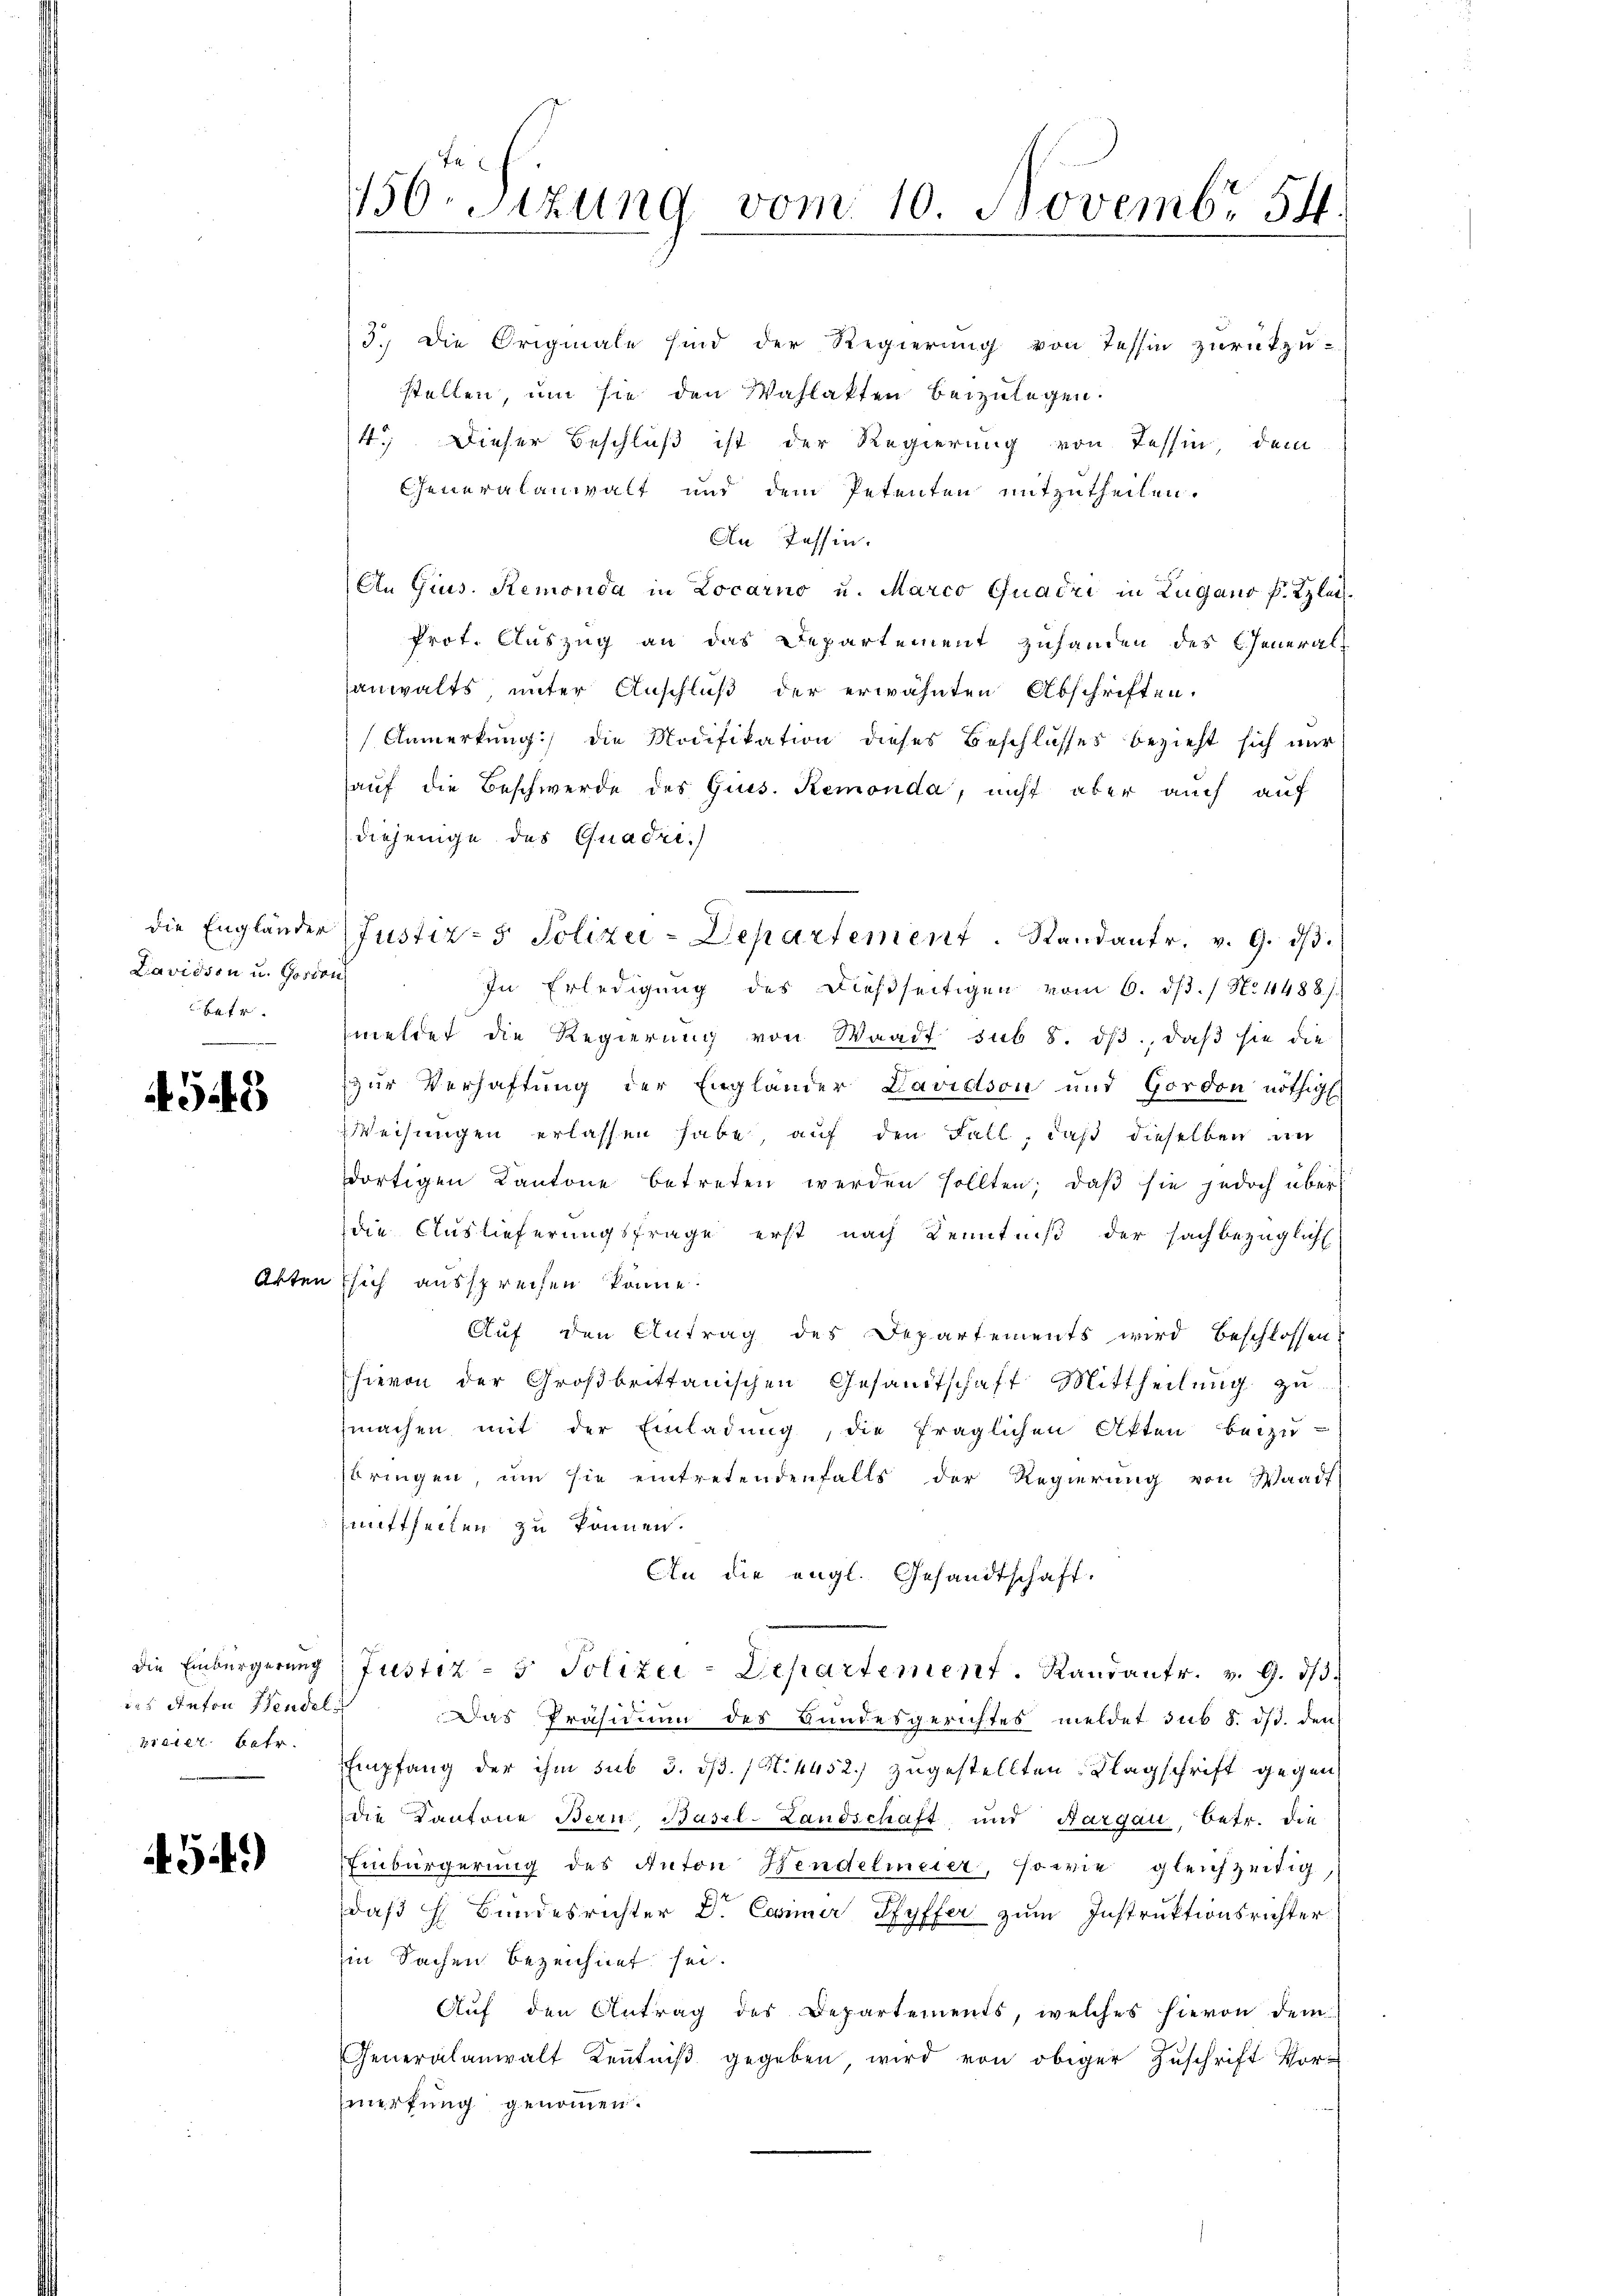
Davidson u. Gosion

4543

das Anton Tendel
Bieder. Betr.

949)

stellen, um sie den Wahlakten beizulegen.
4.) Dieser Beschluß ist der Regierung von Tessin, dem
Generalanwalt und dem Petenten mitzutheilen.
An Tessin.
An Grus. Remonda in Locarno u. Marco Quadri in Lugano f. Klei¬
Prot. Auszug an das Departement zuhanden des General-
sanwalts, unter Anschluß der erwähnten Abschriften.
Anmerkung) die Modifikation dieses Beschlusses bezieht sich nur
auf die Beschwerde des Gies. Remonda, nicht aber auch auf
diejenige des Quadri.)
die Engländer Justiz- & Polizei-Departement. Standantr. v. 9. dβ.
In Erledigung des dießseitigen vom 6. dβ. / No 1488)
betr. meldet die Regierung von Waadt sub 8. dβ, daß sie die
zur Verhaftung der Engländer Davidson und Gordon nöthig
Weisungen erlassen habe, auf den Fall, daß dieselben an
dortigen Kantone betreten werden sollten, daβ sie jedoch über
die Auslieferungsfrage erst nach Kenntniß der sachbezüglicht
Akten sich aussprechen könne.
Auf den Antrag des Departements wird beschlossen,
hievon der Großbrittanischen Gesandtschaft Mittheilŭng zu
machen mit der Einladung, die fraglichen Akten beizu-
bringen, um sie eintretendenfalls der Regierung von Waadt
mittheilen zu können.
An die engl. Gesandtschaft.
die Einbürgerung: Justiz - 5. Polizei-Departement. Randantr. v. 9. dβ.
Das Präsidium des Bundesgerichtes meldet sub 8. ds. den
Empfang der ihm sub 3. ds. (S. 4452) zugestellten Klagschrift gegen
die Kantone Bern. Basel-Landschaft und Aargau, betr. die
Einbürgerung des Anton Hendelmeier, sowie gleichzeitig,
daß H Bundesrichter Dr. Camer Pfyffer zum Instruktionsrichter
in Sachen bezeichnet sei.
Aŭf den Antrag des Departements, welches hievon dem
Generalanwalt Kenntniβ gegeben, wird von obiger Zuschrift Vor-
mertung genommen.

156. Sitzung vom 10. Novembr 54.

3.) Die Originale sind der Regierung von Tessin zurückzu-